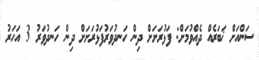
ސަންއަށް ޚަބަރެއް ދެއްވުމަށް: ފަޅުރަށަށް ދިން ހަނދުވަރުފަޅުރަށަށް ދިން ހަނދުވަރު 3 އަހަރު